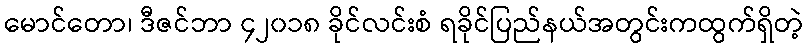
မောင်တော၊ ဒီဇင်ဘာ ၄၂၀၁၈ ခိုင်လင်းစံ ရခိုင်ပြည်နယ်အတွင်းကထွက်ရှိတဲ့